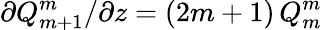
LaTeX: \partial{Q_{m+1}^{m}}/\partial z=(2m+1)\, Q_{m}^{m}